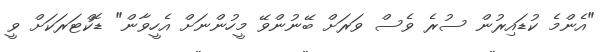
"އެންމެ ކުޑައިރުން ސުރެ ވެސް ވަރަށް ބޭނުންވޭ މީހުންނަށް އެހީވާން" ޑޮކްޓަރަކަށް ވީ